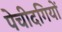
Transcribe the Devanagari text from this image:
पेचीदगियों